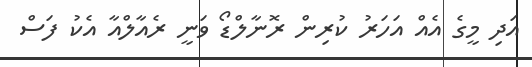
އަދި މީގެ އެއް އަހަރު ކުރިން ރޮނާލްޑޯ ވަނީ ރެއާލްއާ އެކު ފަސް